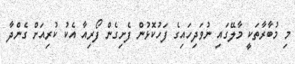
މި މުބާރާތަކީ މާލޭގައި ނުވަދިހައިގެ ފަހުކޮޅުން ފެށިގެން ފޯރިއާ އެކު ކުރިއަށް ގެންދާ